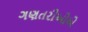
ગણતરીઓએ